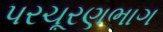
પરચૂરણભાગ